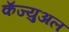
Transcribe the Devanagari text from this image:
कॅज्युअल